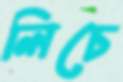
লিচে